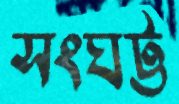
সংঘট্ট